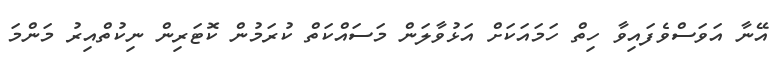
އޭނާ އަވަސްވެފައިވާ ހިތް ހަމައަކަށް އަޅުވާލަން މަސައްކަތް ކުރަމުން ކޮޓަރިން ނިކުތްއިރު މަންމަ